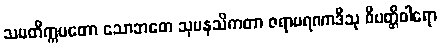
သမတိက္ကမတော သောဘတေ သုမနသိကတာ ဇရာမရဏာဒီသု ဝိပတ္တိဝါရော